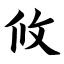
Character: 攸